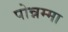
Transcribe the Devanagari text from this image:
पोन्नम्मा